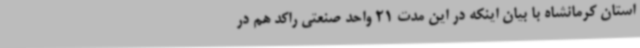
استان کرمانشاه با بیان اینکه در این مدت 21 واحد صنعتی راکد هم در